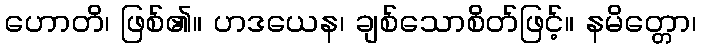
ဟောတိ၊ ဖြစ်၏။ ဟဒယေန၊ ချစ်သောစိတ်ဖြင့်။ နမိတ္တော၊